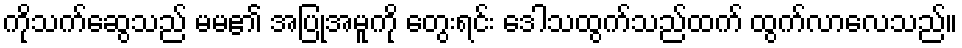
ကိုသက်ဆွေသည် မမ၏ အပြုအမူကို တွေးရင်း ဒေါသထွက်သည်ထက် ထွက်လာလေသည်။